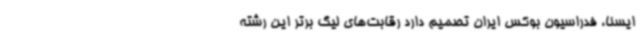
ایسنا، فدراسیون بوکس ایران تصمیم دارد رقابت‌های لیگ برتر این رشته